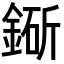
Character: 䤺